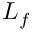
L _ { f }